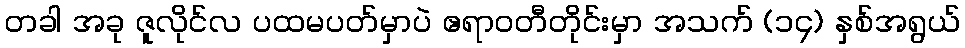
တခါ အခု ဇူလိုင်လ ပထမပတ်မှာပဲ ဧရာဝတီတိုင်းမှာ အသက် (၁၄) နှစ်အရွယ်